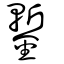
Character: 鏨